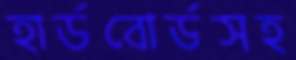
হার্ডবোর্ডসহ